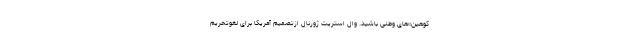
‌کوهین‌»های وطنی باشید. وال استریت ژورنال ازتصمیم آمریکا برای لغوتحریم